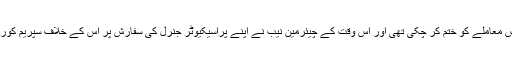
2014ء میں لاہور ہائی کورٹ اس معاملے کو ختم کر چکی تھی اور اس وقت کے چیئرمین نیب نے اپنے پراسیکیوٹر جنرل کی سفارش پر اس کے خلاف سپریم کورٹ میں نہ جانے کا فیصلہ کیا تھا۔